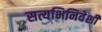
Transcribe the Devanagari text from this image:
सत्यभिनिवेशी